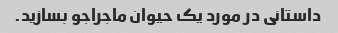
داستانی در مورد یک حیوان ماجراجو بسازید.